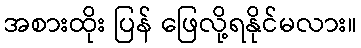
အစားထိုး ပြန် ဖြေလို့ရနိုင်မလား။